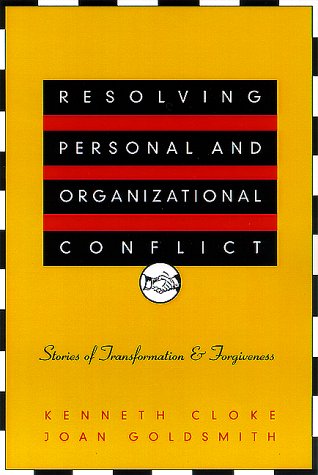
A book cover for Resolving Personal and Organizational Conflict: Stories of Transformation and Forgiveness; Kenneth Cloke; Business & Money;